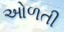
ઓળતી